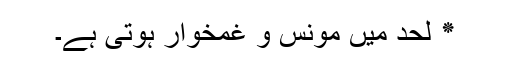
٭ لحد میں مونس و غمخوار ہوتی ہے۔